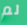
لم